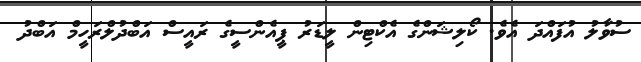
ސުވާލު އުފައްދަ އެވެ. ކޯލިޝަންގެ އެކްޓިން ލީޑަރު ޕީއެންސީގެ ރައީސް އަބްދުލްރަހީމް އަބްދު